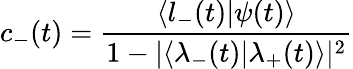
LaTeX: c_{-}(t)=\frac{\langle l_{-}(t)|\psi(t)\rangle}{1-|\langle\lambda_{-}(t)|\lambda_{+}(t)\rangle|^{2}}